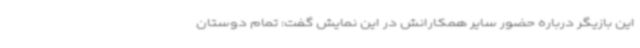
این بازیگر درباره حضور سایر همکارانش در این نمایش گفت: تمام دوستان